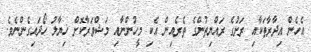
އެހެން އިދާރާތަކާއި ރަށުގެ ރައްޔިތުންގެ ތެރެއިން އެކި މީހުންނާއި މަޝްވަރާކޮށް ޚިޔާލު ހޯދައިގެންނެވެ.